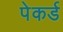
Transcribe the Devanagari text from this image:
पेकर्ड